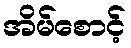
အိမ်စောင့်